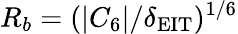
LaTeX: R_{b}=(|C_{6}|/\delta_{\mathrm{EIT}})^{1/6}